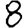
Digit: 8